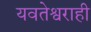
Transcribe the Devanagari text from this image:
यवतेश्वराही